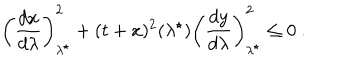
\left( \frac { d x } { d \lambda } \right) _ { \lambda ^ { \star } } ^ { 2 } + ( t + x ) ^ { 2 } ( \lambda ^ { \star } ) \left( \frac { d y } { d \lambda } \right) _ { \lambda ^ { \star } } ^ { 2 } \leq 0 ~ .